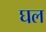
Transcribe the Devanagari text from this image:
घल